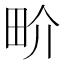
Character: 畍